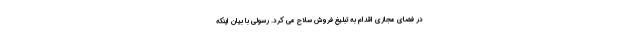
در فضای مجازی اقدام به تبلیغ فروش سلاح می کرد. رسولی با بیان اینکه